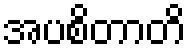
အပစိတာတိ